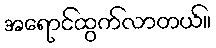
အရောင်ထွက်လာတယ်။